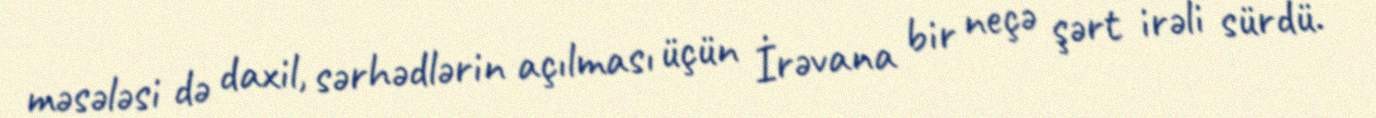
məsələsi də daxil, sərhədlərin açılması üçün İrəvana bir neçə şərt irəli sürdü.